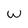
Character: W